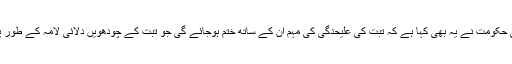
دلائی لامہ کے حوالے سے چینی حکومت نے یہ بھی کہا ہے کہ تبت کی علیحدگی کی مہم ان کے ساتھ ختم ہوجائے گی جو تبت کے چودھویں دلائی لامہ کے طور پر خدمات سرانجام دے رہے ہیں۔